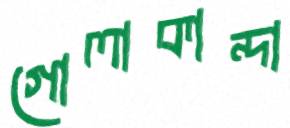
গোলাকান্দা